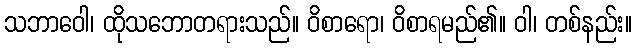
သဘာဝေါ၊ ထိုသဘောတရားသည်။ ဝိစာရော၊ ဝိစာရမည်၏။ ဝါ၊ တစ်နည်း။